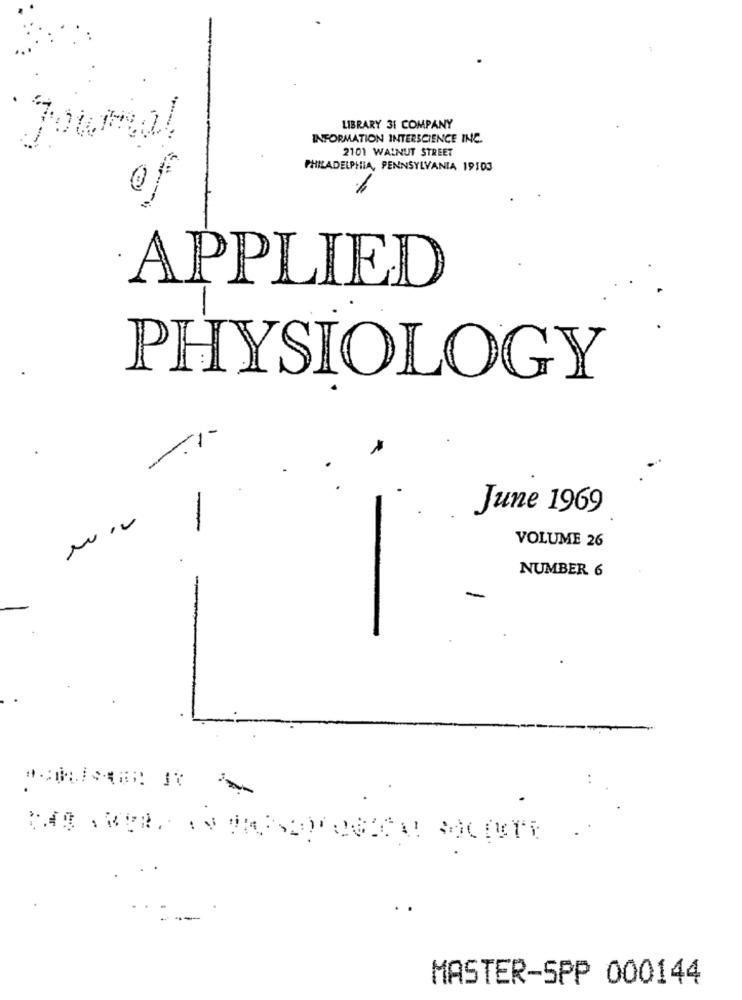
LIBRARY 31 COMPANY
INFORMATION INTERSCIENCE INC.
2101 WALNUT STREET
PHILADELPHIA, PENNSYLVANIA 19103
APPLIED
PHYSIOLOGY
-
June 1969
VOLUME 26
NUMBER 6
MASTER-SPP 000144